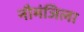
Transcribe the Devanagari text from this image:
नौमंजिला